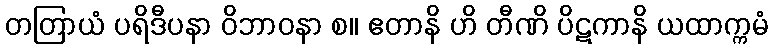
တတြာယံ ပရိဒီပနာ ဝိဘာဝနာ စ။ ဧတာနိ ဟိ တီဏိ ပိဋကာနိ ယထာက္ကမံ